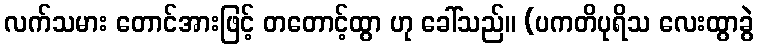
လက်သမား တောင်အားဖြင့် တတောင့်ထွာ ဟု ခေါ်သည်။ (ပကတိပုရိသ လေးထွာခွဲ